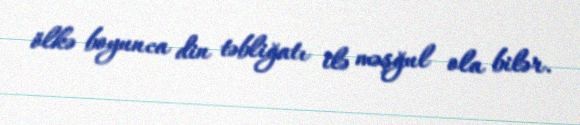
ölkə boyunca din təbliğatı ilə məşğul ola bilər.